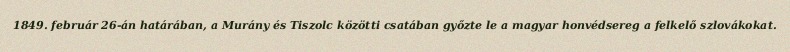
1849. február 26-án határában, a Murány és Tiszolc közötti csatában győzte le a magyar honvédsereg a felkelő szlovákokat.